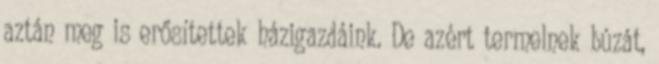
aztán meg is erősítettek házigazdáink. De azért termelnek búzát,